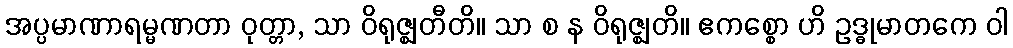
အပ္ပမာဏာရမ္မဏတာ ဝုတ္တာ, သာ ဝိရုဇ္ဈတီတိ။ သာ စ န ဝိရုဇ္ဈတိ။ ဧကစ္စော ဟိ ဥဒ္ဓုမာတကေ ဝါ